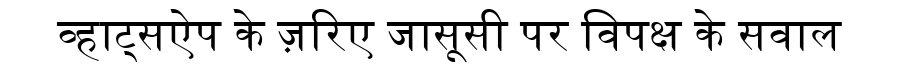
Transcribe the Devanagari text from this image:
व्हाट्सऐप के ज़रिए जासूसी पर विपक्ष के सवाल